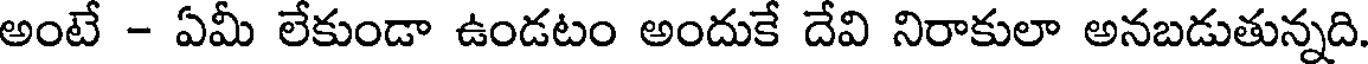
అంటే - ఏమీ లేకుండా ఉండటం అందుకే దేవి నిరాకులా అనబడుతున్నది